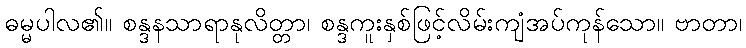
ဓမ္မပါလ၏။ စန္ဒနသာရာနုလိတ္တာ၊ စန္ဒကူးနှစ်ဖြင့်လိမ်းကျံအပ်ကုန်သော။ ဗာတာ၊